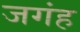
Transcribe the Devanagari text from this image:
जगंह